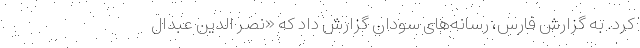
کرد. به گزارش فارس، رسانه‌های سودان گزارش داد که «نصر الدین عبدال